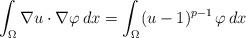
LaTeX: \begin{align*} \int_\Omega \nabla u \cdot \nabla \varphi\, dx = \int_\Omega (u - 1)^{p-1}\, \varphi\, dx\end{align*}